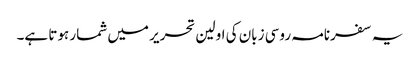
یہ سفرنامہ روسی زبان کی اولین تحریر میں شمار ہوتا ہے۔